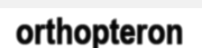
orthopteron